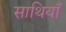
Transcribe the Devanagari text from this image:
साथियाँ